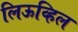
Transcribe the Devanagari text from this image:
लिऊव्हिल